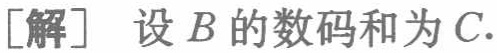
[解] 设 \(B\) 的数码和为 \(C\).